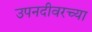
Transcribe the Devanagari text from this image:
उपनदीवरच्या